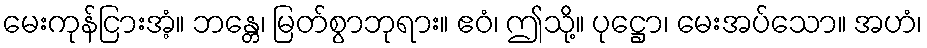
မေးကုန်ငြားအံ့။ ဘန္တေ၊ မြတ်စွာဘုရား။ ဧဝံ၊ ဤသို့။ ပုဋ္ဌော၊ မေးအပ်သော။ အဟံ၊